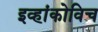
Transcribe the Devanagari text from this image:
इव्हांकोविच